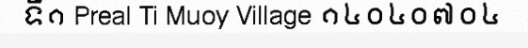
ទី១ Preal Ti Muoy Village ១៤០៤០៧០៤